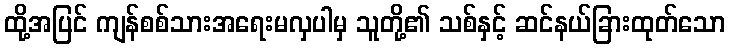
ထို့အပြင် ကျန်စစ်သားအရေးမလှပါမှ သူတို့၏ သစ်နှင့် ဆင်နယ်ခြားထုတ်သော